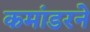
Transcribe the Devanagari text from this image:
कमांडरने